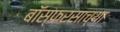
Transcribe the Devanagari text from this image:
बॉस्फरसाच्या